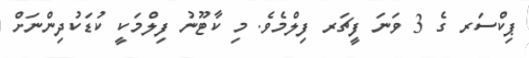
ޕިކްސަރ ގެ 3 ވަނަ ފީޗަރ ފިލްމެވެ. މި ކާޓޫނު ފިލްމަކީ ކުޑަކުދިންނަށް